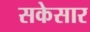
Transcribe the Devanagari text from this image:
सकेसार